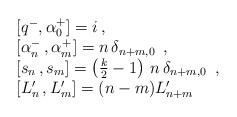
LaTeX: \begin{align*}\begin{array}{l}\lbrack q^{-},\alpha _0^{+}]=i\,, \\\left[ \alpha _n^{-}\,,\alpha _m^{+}\right] =n\,\delta _{n+m,0}\,\,\,, \\\left[ s_n\,,s_m\right] =\left( \frac k2-1\right) \,n\,\delta _{n+m,0}\,\,\,,\\\left[ L_n^{\prime }\,,L_m^{\prime }\right] =(n-m)L_{n+m}^{\prime }\end{array}\end{align*}